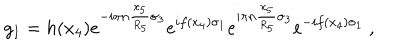
g _ { I } = h ( x _ { 4 } ) e ^ { - i \pi n { \frac { x _ { 5 } } { R _ { 5 } } } \sigma _ { 3 } } e ^ { i f ( x _ { 4 } ) \sigma _ { 1 } } e ^ { i \pi n { \frac { x _ { 5 } } { R _ { 5 } } } \sigma _ { 3 } } e ^ { - i f ( x _ { 4 } ) \sigma _ { 1 } } \ ,